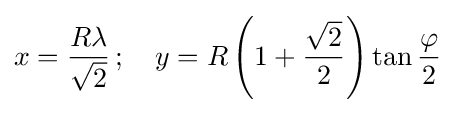
x={\frac {R\lambda }{\sqrt {2}}}\,;\quad y=R\left(1+{\frac {\sqrt {2}}{2}}\right)\tan {\frac {\varphi }{2}}